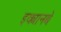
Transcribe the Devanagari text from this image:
इक्यानबे